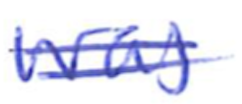
Text: was
Cross-out: double-line
Writing tool: ballpoint